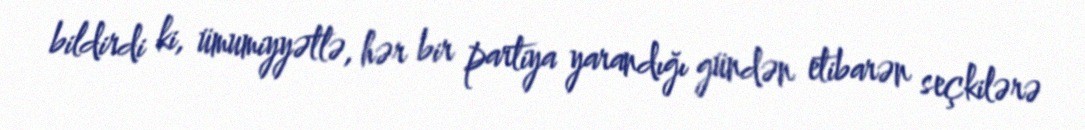
bildirdi ki, ümumiyyətlə, hər bir partiya yarandığı gündən etibarən seçkilərə